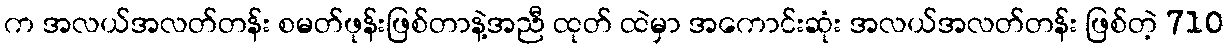
က အလယ်အလတ်တန်း စမတ်ဖုန်းဖြစ်တာနဲ့အညီ ထုတ် ထဲမှာ အကောင်းဆုံး အလယ်အလတ်တန်း ဖြစ်တဲ့ 710